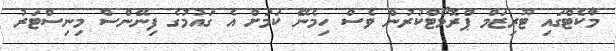
މާކެޓްގައި ޓޫރިޒަމް ޕްރޮމޯޓްކުރުން ވެސް ހިމެނޭ ކަމަށް އެ ގައުމުގެ ފިނޭންސް މިނިސްޓަރު